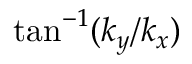
\tan ^ { - 1 } ( k _ { y } / k _ { x } )